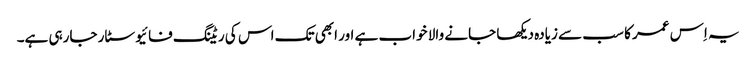
یہ اِس عمر کا سب سے زیادہ دیکھا جانے والا خواب ہے اور ابھی تک اس کی ریٹنگ فائیو سٹار جارہی ہے۔